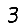
Digit: 3